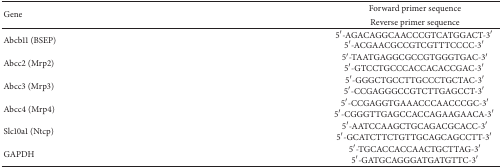
| <ROWSPAN=2> Gene | Forward primer sequence |
 | Reverse primer sequence |
 | --- | --- |
 | Abcb11 (BSEP) | 5′-AGACAGGCAACCCGTCATGGACT-3′5′-ACGAACGCCGTCGTTTCCCC-3′ |
 | Abcc2 (Mrp2) | 5′-TAATGAGGCGCCGTGGGTGAC-3′5′-GTCCTGCCCACCACACCGAC-3′ |
 | Abcc3 (Mrp3) | 5′-GGGCTGCCTTGCCCTGCTAC-3′5′-CCGAGGGCCGTCTTGAGCCT-3′ |
 | Abcc4 (Mrp4) | 5′-CCGAGGTGAAACCCAACCCGC-3′5′-CGGGTTGAGCCACCAGAAGAACA-3′ |
 | Slc10a1 (Ntcp) | 5′-AATCCAAGCTGCAGACGCACC-3′5′-GCATCTTCTGTTGCAGCAGCCTT-3′ |
 | GAPDH | 5′-TGCACCACCAACTGCTTAG-3′5′-GATGCAGGGATGATGTTC-3′ |